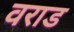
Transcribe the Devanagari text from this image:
वराड